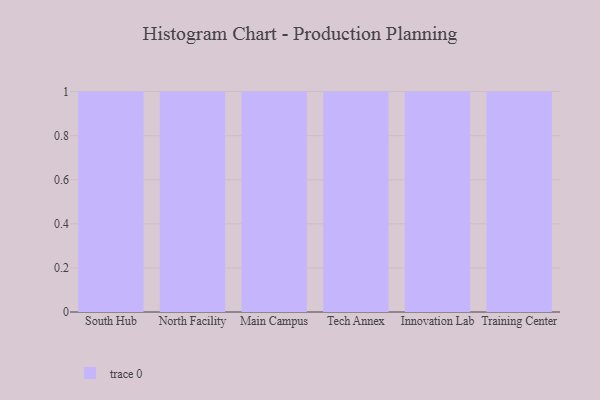
{"axis": {"x": "Campus", "y": "Energy Usage (MWh)"}, "legend": [""], "data": [{"x": "South Hub", "y": 39, "type": ""}, {"x": "North Facility", "y": 62, "type": ""}, {"x": "Main Campus", "y": 59, "type": ""}, {"x": "Tech Annex", "y": 9, "type": ""}, {"x": "Innovation Lab", "y": 50, "type": ""}, {"x": "Training Center", "y": 19, "type": ""}]}